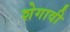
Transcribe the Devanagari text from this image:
शेगावी